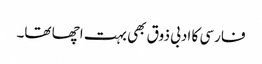
فارسی کا ادبی ذوق بھی بہت اچھا تھا۔